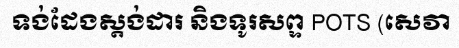
ទង់ដែងស្តង់ដារ និងទូរសព្ទ POTS (សេវា